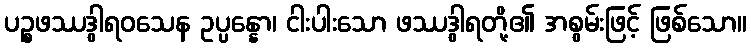
ပဉ္စဖဿဒွါရဝသေန ဥပ္ပန္နော၊ ငါးပါးသော ဖဿဒွါရတို့၏ အစွမ်းဖြင့် ဖြစ်သော။